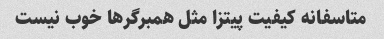
متاسفانه کیفیت پیتزا مثل همبرگرها خوب نیست